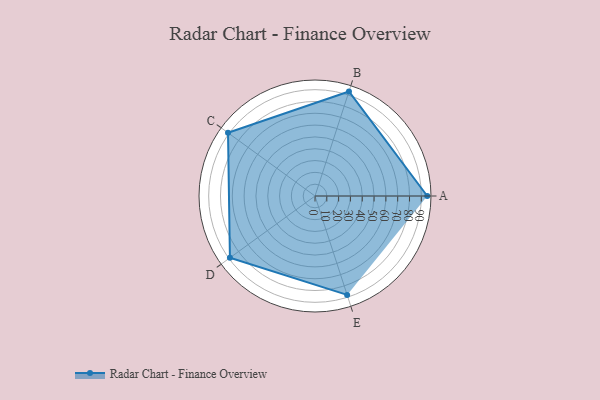
{"axis": {"x": "Skill", "y": "Score"}, "legend": ["Profile"], "data": [{"x": "A", "y": 95.0, "type": "Profile"}, {"x": "B", "y": 93.0, "type": "Profile"}, {"x": "C", "y": 91.0, "type": "Profile"}, {"x": "D", "y": 89.0, "type": "Profile"}, {"x": "E", "y": 88.0, "type": "Profile"}]}